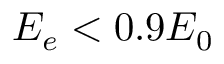
E _ { e } < 0 . 9 E _ { 0 }